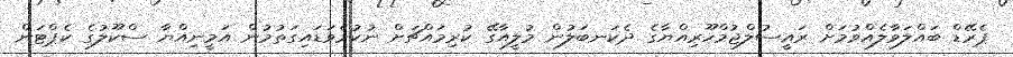
ޕެރޭޑް ބައްލަވާލެއްވުމަށް ރައީސުލްޖުމްހޫރިއްޔާގެ ދެކަނބަލުން މުލީއާގޭ ކުރިމައްޗަށް ނުކުމެވަޑައިގަތުމުން އަމީނިއްޔާ ސްކޫލުގެ ކެޕްޓަން